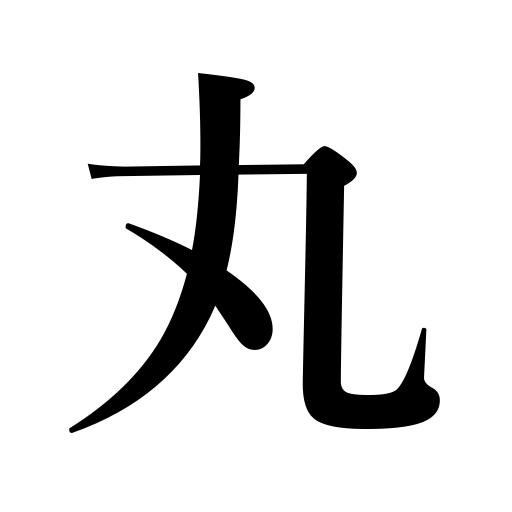
Meanings: full month,round off,curl up,cajole,explain away,roll up,seduce,round,perfection,spherical,circular,the ship-name suffix anciently used after the name of a sword or a child,make round,purity